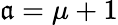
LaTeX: \mathfrak{a}=\mu+1